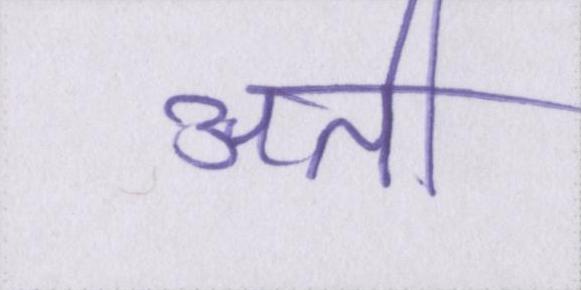
अती